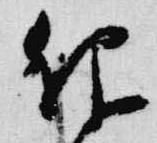
仰